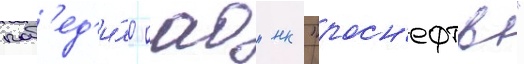
поб'ед'и́ло оао "нк "росн'ефть"